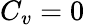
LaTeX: C_{v}=0